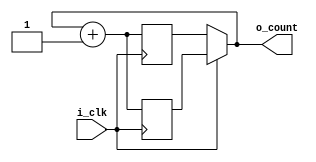
module dual_edge_counter (
    input i_clk, 
    output [16:0] o_count
);

    wire [16:0] next = o_count + 1'b1;

    reg [16:0] poscnt;
    reg [16:0] negcnt;

    //assign next = o_count + 1'b1;

    always @(posedge i_clk) poscnt <= next;
    always @(negedge i_clk) negcnt <= next;

    assign o_count = i_clk ? poscnt : negcnt;

endmodule